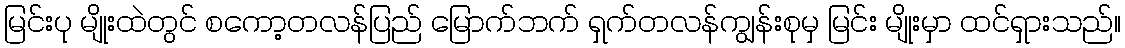
မြင်းပု မျိုးထဲတွင် စကော့တလန်ပြည် မြောက်ဘက် ရှက်တလန်ကျွန်းစုမှ မြင်း မျိုးမှာ ထင်ရှားသည်။